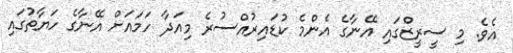
އެވެ. މި ސީރީޒްގައި އޭނާގެ އެންމެ ކުޑައިރުއްސުރެ މިއަދާ ހަމައަށް އޭނާގެ ހަޔާތުގައި